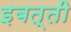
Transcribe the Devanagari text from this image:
इबत्ती